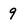
Character: 9